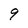
Character: 9